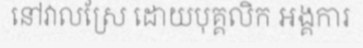
នៅវាលស្រែ ដោយបុគ្គលិក អង្គការ